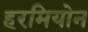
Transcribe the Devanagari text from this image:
हरमियोन